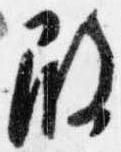
殿